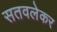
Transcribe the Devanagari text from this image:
सतवलेकर